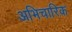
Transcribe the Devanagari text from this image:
अभिचारिक